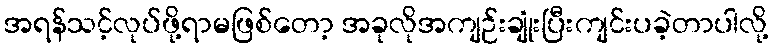
အရန်သင့်လုပ်ဖို့ရာမဖြစ်တော့ အခုလိုအကျဉ်းချုံးပြီးကျင်းပခဲ့တာပါလို့